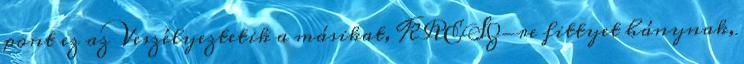
pont ez az Veszélyeztetik a másikat, KRESZ-re fittyet hánynak,